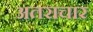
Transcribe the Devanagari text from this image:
अतराचार